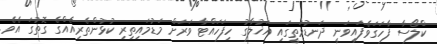
ކްލޯސާ ފާހަގަވެފައިވަނީ ދަނޑުމަތީގައި އަޚުލާގު ހިފަހައްޓާ ވަރަށް މަޑުމައިތިރި ކުޅުންތެރިއެއްގެ ގޮތުގަ އެވެ.